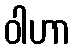
ဝါဟာ